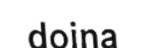
doina